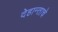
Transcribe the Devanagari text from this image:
देहान्ताचे